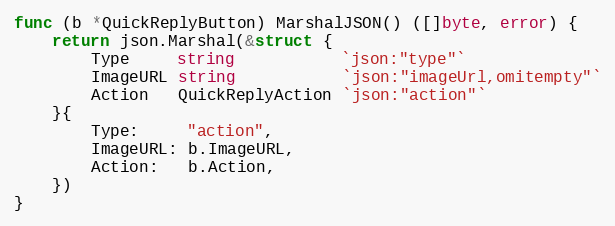
Language: Go
func (b *QuickReplyButton) MarshalJSON() ([]byte, error) {
	return json.Marshal(&struct {
		Type     string           `json:"type"`
		ImageURL string           `json:"imageUrl,omitempty"`
		Action   QuickReplyAction `json:"action"`
	}{
		Type:     "action",
		ImageURL: b.ImageURL,
		Action:   b.Action,
	})
}